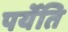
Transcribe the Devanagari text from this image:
पर्येति